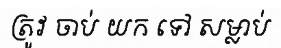
ត្រូវ ចាប់ យក ទៅ សម្លាប់